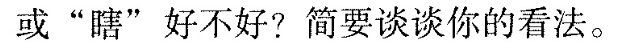
或“瞎”好不好?简要谈谈你的看法。